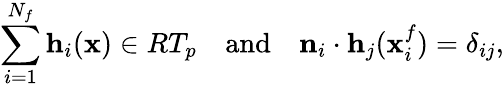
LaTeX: \sum_{i=1}^{N_{f}}\mathbf{h}_{i}(\mathbf{x})\in RT_{p}\quad\mathrm{and}\quad\mathbf{n}_{i}\cdot\mathbf{h}_{j}(\mathbf{x}_{i}^{f})=\delta_{ij},